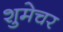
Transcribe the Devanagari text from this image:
शुमेचर